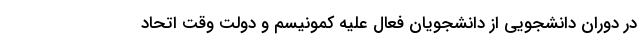
در دوران دانشجویی از دانشجویان فعال علیه کمونیسم و دولت وقت اتحاد